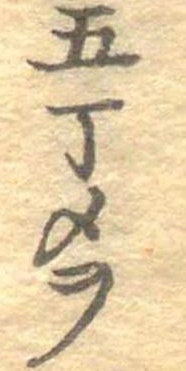
五丁メヲ